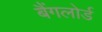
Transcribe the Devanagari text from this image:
बैंगलोर्ड